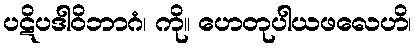
ပဋိပဒါဝိဘာဂံ၊ ကို။ ဟေတုပါယဖလေဟိ၊